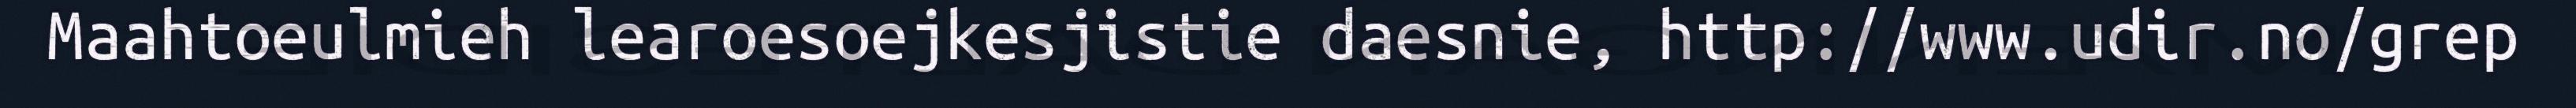
Maahtoeulmieh learoesoejkesjistie daesnie, http://www.udir.no/grep